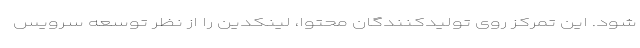
شود. این تمرکز روی تولیدکنندگان محتوا، لینکدین را از نظر توسعه سرویس